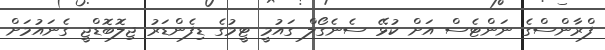
ފްރާންސްގެ ނަންޓެސް އަށް ކުޅޭ ސެނެގޯލް ގައުމީ ޓީމުގެ ޑިފެންޑަރު ޖިލޮބޮޑްޖީ ގެނައުމަށް